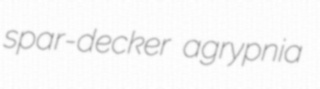
spar-decker agrypnia